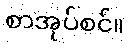
စာအုပ်စင်။